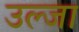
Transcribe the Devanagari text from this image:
उल्जा